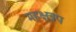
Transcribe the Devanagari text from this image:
महक्षत्रप